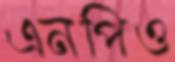
এনপিও